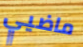
ماضيي